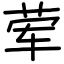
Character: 荤